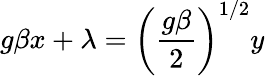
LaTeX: g\beta x+\lambda=\left({\frac{g\beta}2}\right)^{1/2}y